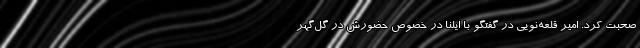
صحبت کرد. امیر قلعه‌نویی در گفتگو با ایلنا در خصوص حضورش در گل‌گهر